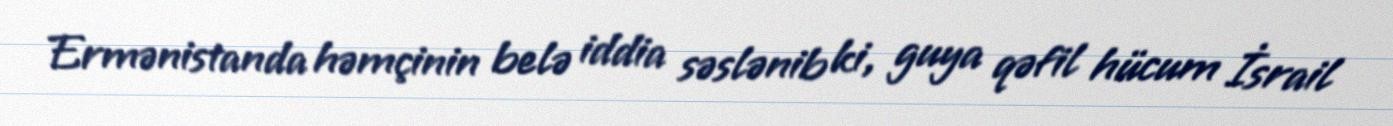
Ermənistanda həmçinin belə iddia səslənib ki, guya qəfil hücum İsrail